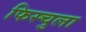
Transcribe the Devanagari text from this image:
फिस्‍चुला